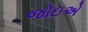
જોઇએ